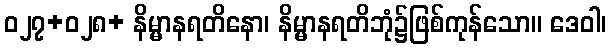
ဝ၂၇+၀၂၈+ နိမ္မာနရတိနော၊ နိမ္မာနရတိဘုံ၌ဖြစ်ကုန်သော။ ဒေဝါ၊